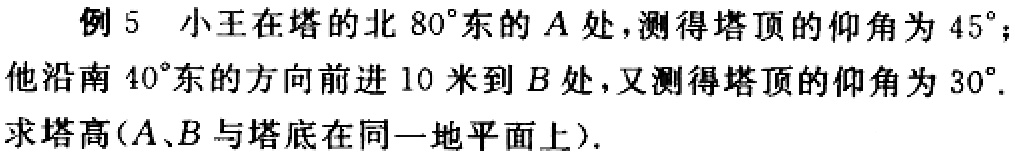
例5 小王在塔的北 \(80^{\circ}\)东的\(A\)处，测得塔顶的仰角为\(45^{\circ}\)；他沿南 \(40^{\circ}\)东的方向前进\(10\)米到\(B\)处，又测得塔顶的仰角为\(30^{\circ}\). 求塔高(\(A\)、\(B\)与塔底在同一地平面上).